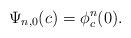
LaTeX: \begin{align*}\Psi_{n,0}(c) = \phi_c^n(0).\end{align*}